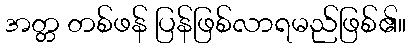
အတ္တ တစ်ဖန် ပြန်ဖြစ်လာရမည်ဖြစ်၏။